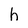
Character: h